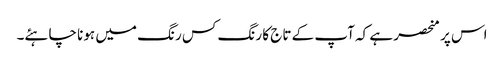
اس پر منحصر ہے کہ آپ کے تاج کا رنگ کس رنگ میں ہونا چاہئے۔